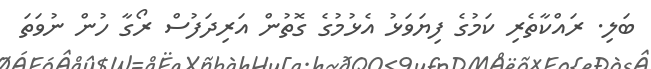
ބަލި. ރައްކާތެރި ކަމުގެ ފިޔަވަޅު އެޅުމުގެ ގޮތުން އަރިދަފުސް ރޯގާ ހުން ނުވަތަ